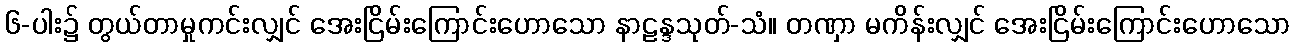
၆-ပါး၌ တွယ်တာမှုကင်းလျှင် အေးငြိမ်းကြောင်းဟောသော နာဠန္ဒသုတ်-သံ။ တဏှာ မကိန်းလျှင် အေးငြိမ်းကြောင်းဟောသော